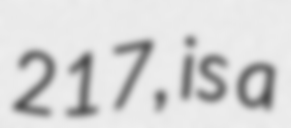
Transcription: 217, is a